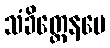
သံခိတ္တေနပေ